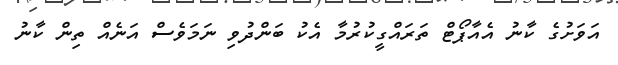
އަވަށުގެ ކާނު އެއާޕޯޓް ތަރައްގީކުރުމާ އެކު ބަންދުވި ނަމަވެސް އަނެއް ތިން ކާނު